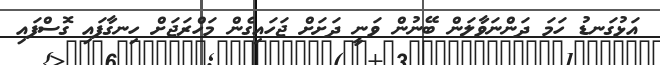
އަޅުގަނޑު ހަމަ ދަންނަވާލަން ބޭނުން ވަނީ ދަށަށް ޖަހައިގެން މަހްރަޖަށް ހިނގާފައި ގޮސްފަައި